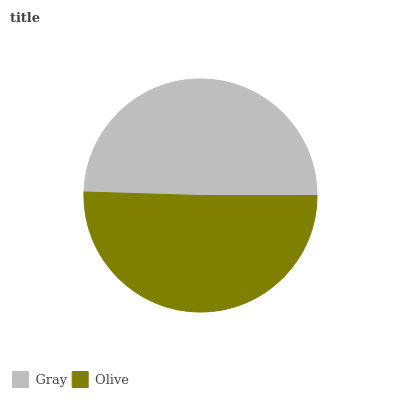
| Gray | Olive |
 | --- | --- |
 | 49.5% | 50.5% |